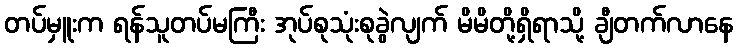
တပ်မှူးက ရန်သူတပ်မကြီး အုပ်စုသုံးစုခွဲလျက် မိမိတို့ရှိရာသို့ ချီတက်လာနေ